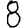
Digit: 8